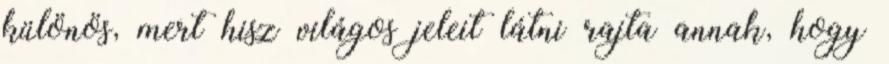
különös, mert hisz világos jeleit látni rajta annak, hogy